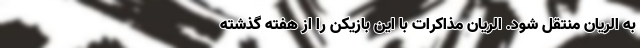
به الریان منتقل شود. الریان مذاکرات با این بازیکن را از هفته گذشته